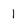
Character: 1